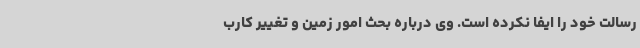
رسالت خود را ایفا نکرده است. وی درباره بحث امور زمین و تغییر کارب